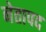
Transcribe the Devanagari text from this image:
नेतापद